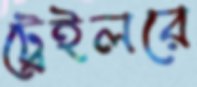
ট্রেইলরে